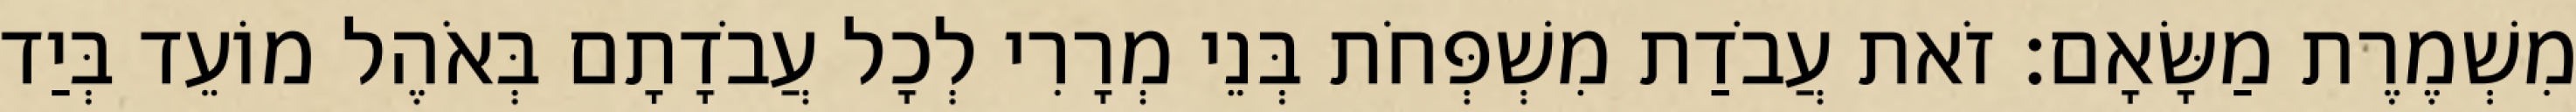
מִשְׁמֶרֶת מַשָּׂאָם׃ זֹאת עֲבֹדַת מִשְׁפְּחֹת בְּנֵי מְרָרִי לְכָל עֲבֹדָתָם בְּאֹהֶל מוֹעֵד בְּיַד